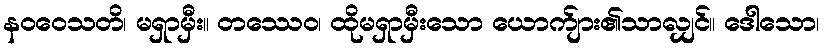
နဝဝေသတိ၊ မရှာမှီး။ တဿေဝ၊ ထိုမရှာမှီးသော ယောက်ျား၏သာလျှင်။ ဒေါသော၊